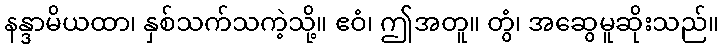
နန္ဒာမိယထာ၊ နှစ်သက်သကဲ့သို့။ ဧဝံ၊ ဤအတူ။ တွံ၊ အဆွေမူဆိုးသည်။